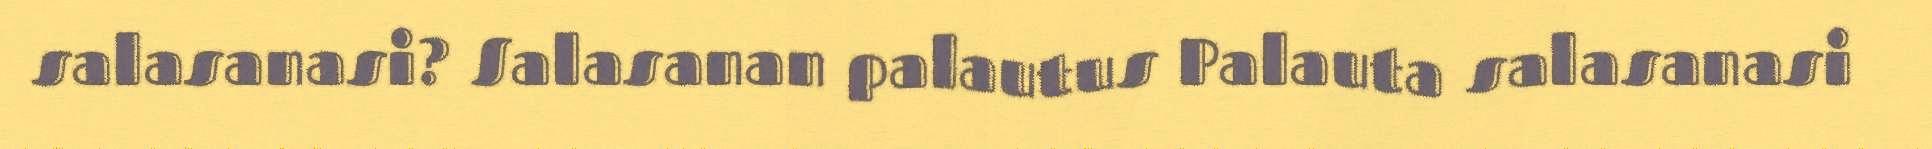
salasanasi? Salasanan palautus Palauta salasanasi